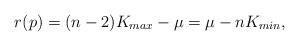
LaTeX: \begin{align*}r(p)=(n-2)K_{max}-\mu=\mu-nK_{min},\ \end{align*}